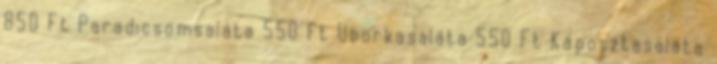
850 Ft Paradicsomsaláta 550 Ft Uborkasaláta 550 Ft Káposztasaláta